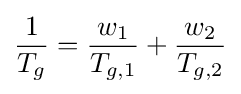
{\frac {1}{T_{g}}}={\frac {w_{1}}{T_{g,1}}}+{\frac {w_{2}}{T_{g,2}}}